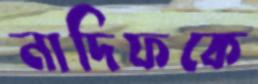
নাদিফকে